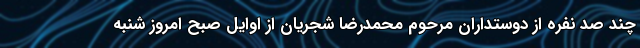
چند صد نفره از دوستداران مرحوم محمدرضا شجریان از اوایل صبح امروز شنبه